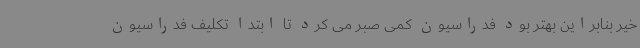
خیر بنابراین بهتر بود فدراسیون کمی صبر می کرد تا ابتدا تکلیف فدراسیون